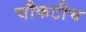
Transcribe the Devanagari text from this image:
चौकटीच